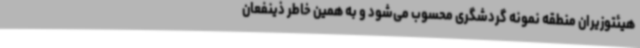
هیئتوزیران منطقه نمونه گردشگری محسوب می‌شود و به همین خاطر ذینفعان